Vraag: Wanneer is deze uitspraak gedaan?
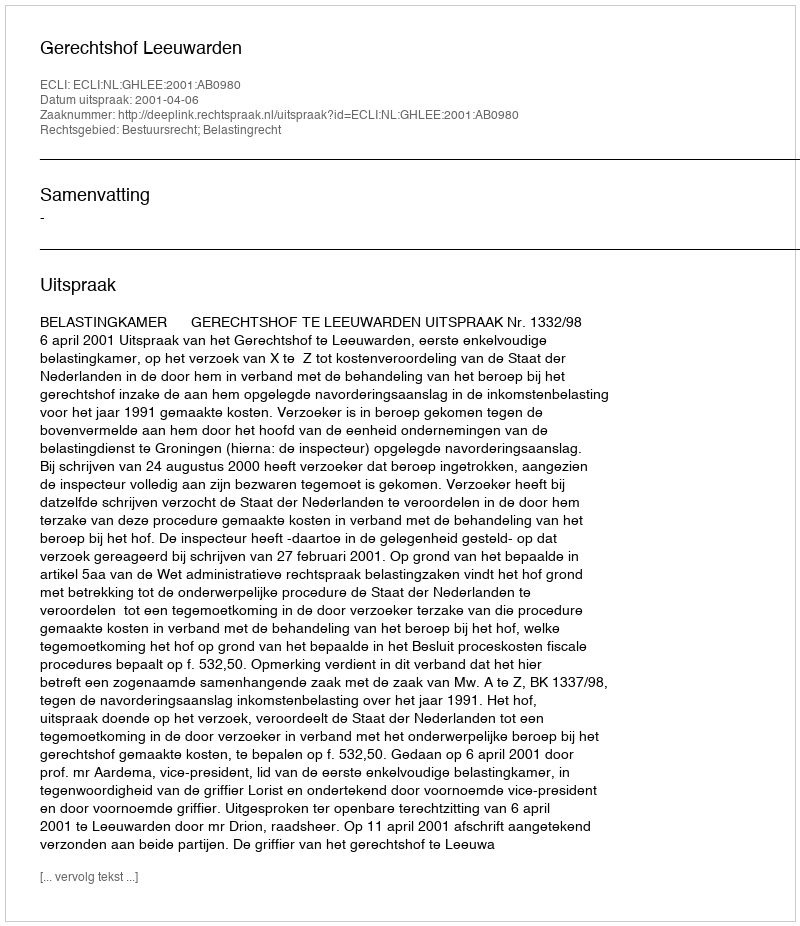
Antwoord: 2001-04-06